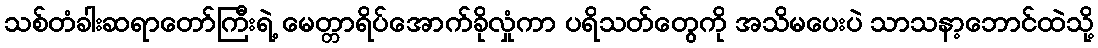
သစ်တံခါးဆရာတော်ကြီးရဲ့ မေတ္တာရိပ်အောက်ခိုလှုံကာ ပရိသတ်တွေကို အသိမပေးပဲ သာသနာ့ဘောင်ထဲသို့